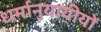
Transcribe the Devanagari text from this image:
धर्मानुयायीयों